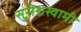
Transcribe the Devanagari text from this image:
सुरीशस्वामी